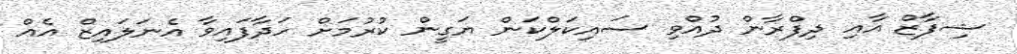
ޝިފާޒް އާއި ދިފްރާން ދުއްވި ސައިކަލްކަން ޔަގީން ކުރުމަށް ހަދާފައިވާ އެނަލައިޒް އެއް